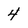
Character: 4